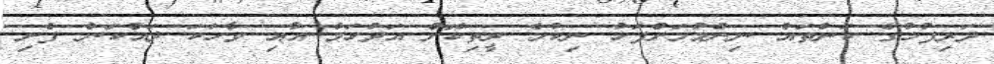
ދަރިފުޅުގެ ކަންތައް ނިންމުމަށްފަހު ނިކުމެ ރީތިކޮށް އަދުހަމް އާއި ވާހަކަ ދައްކަން ފެށި